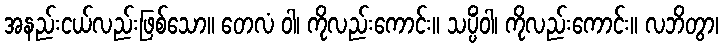
အနည်းငယ်လည်းဖြစ်သော။ တေလံ ဝါ၊ ကိုလည်းကောင်း။ သပ္ပိံဝါ၊ ကိုလည်းကောင်း။ လဘိတွာ၊